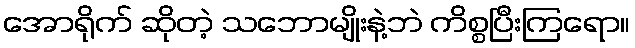
အောရိုက် ဆိုတဲ့ သဘောမျိုးနဲ့ဘဲ ကိစ္စပြီးကြရော။